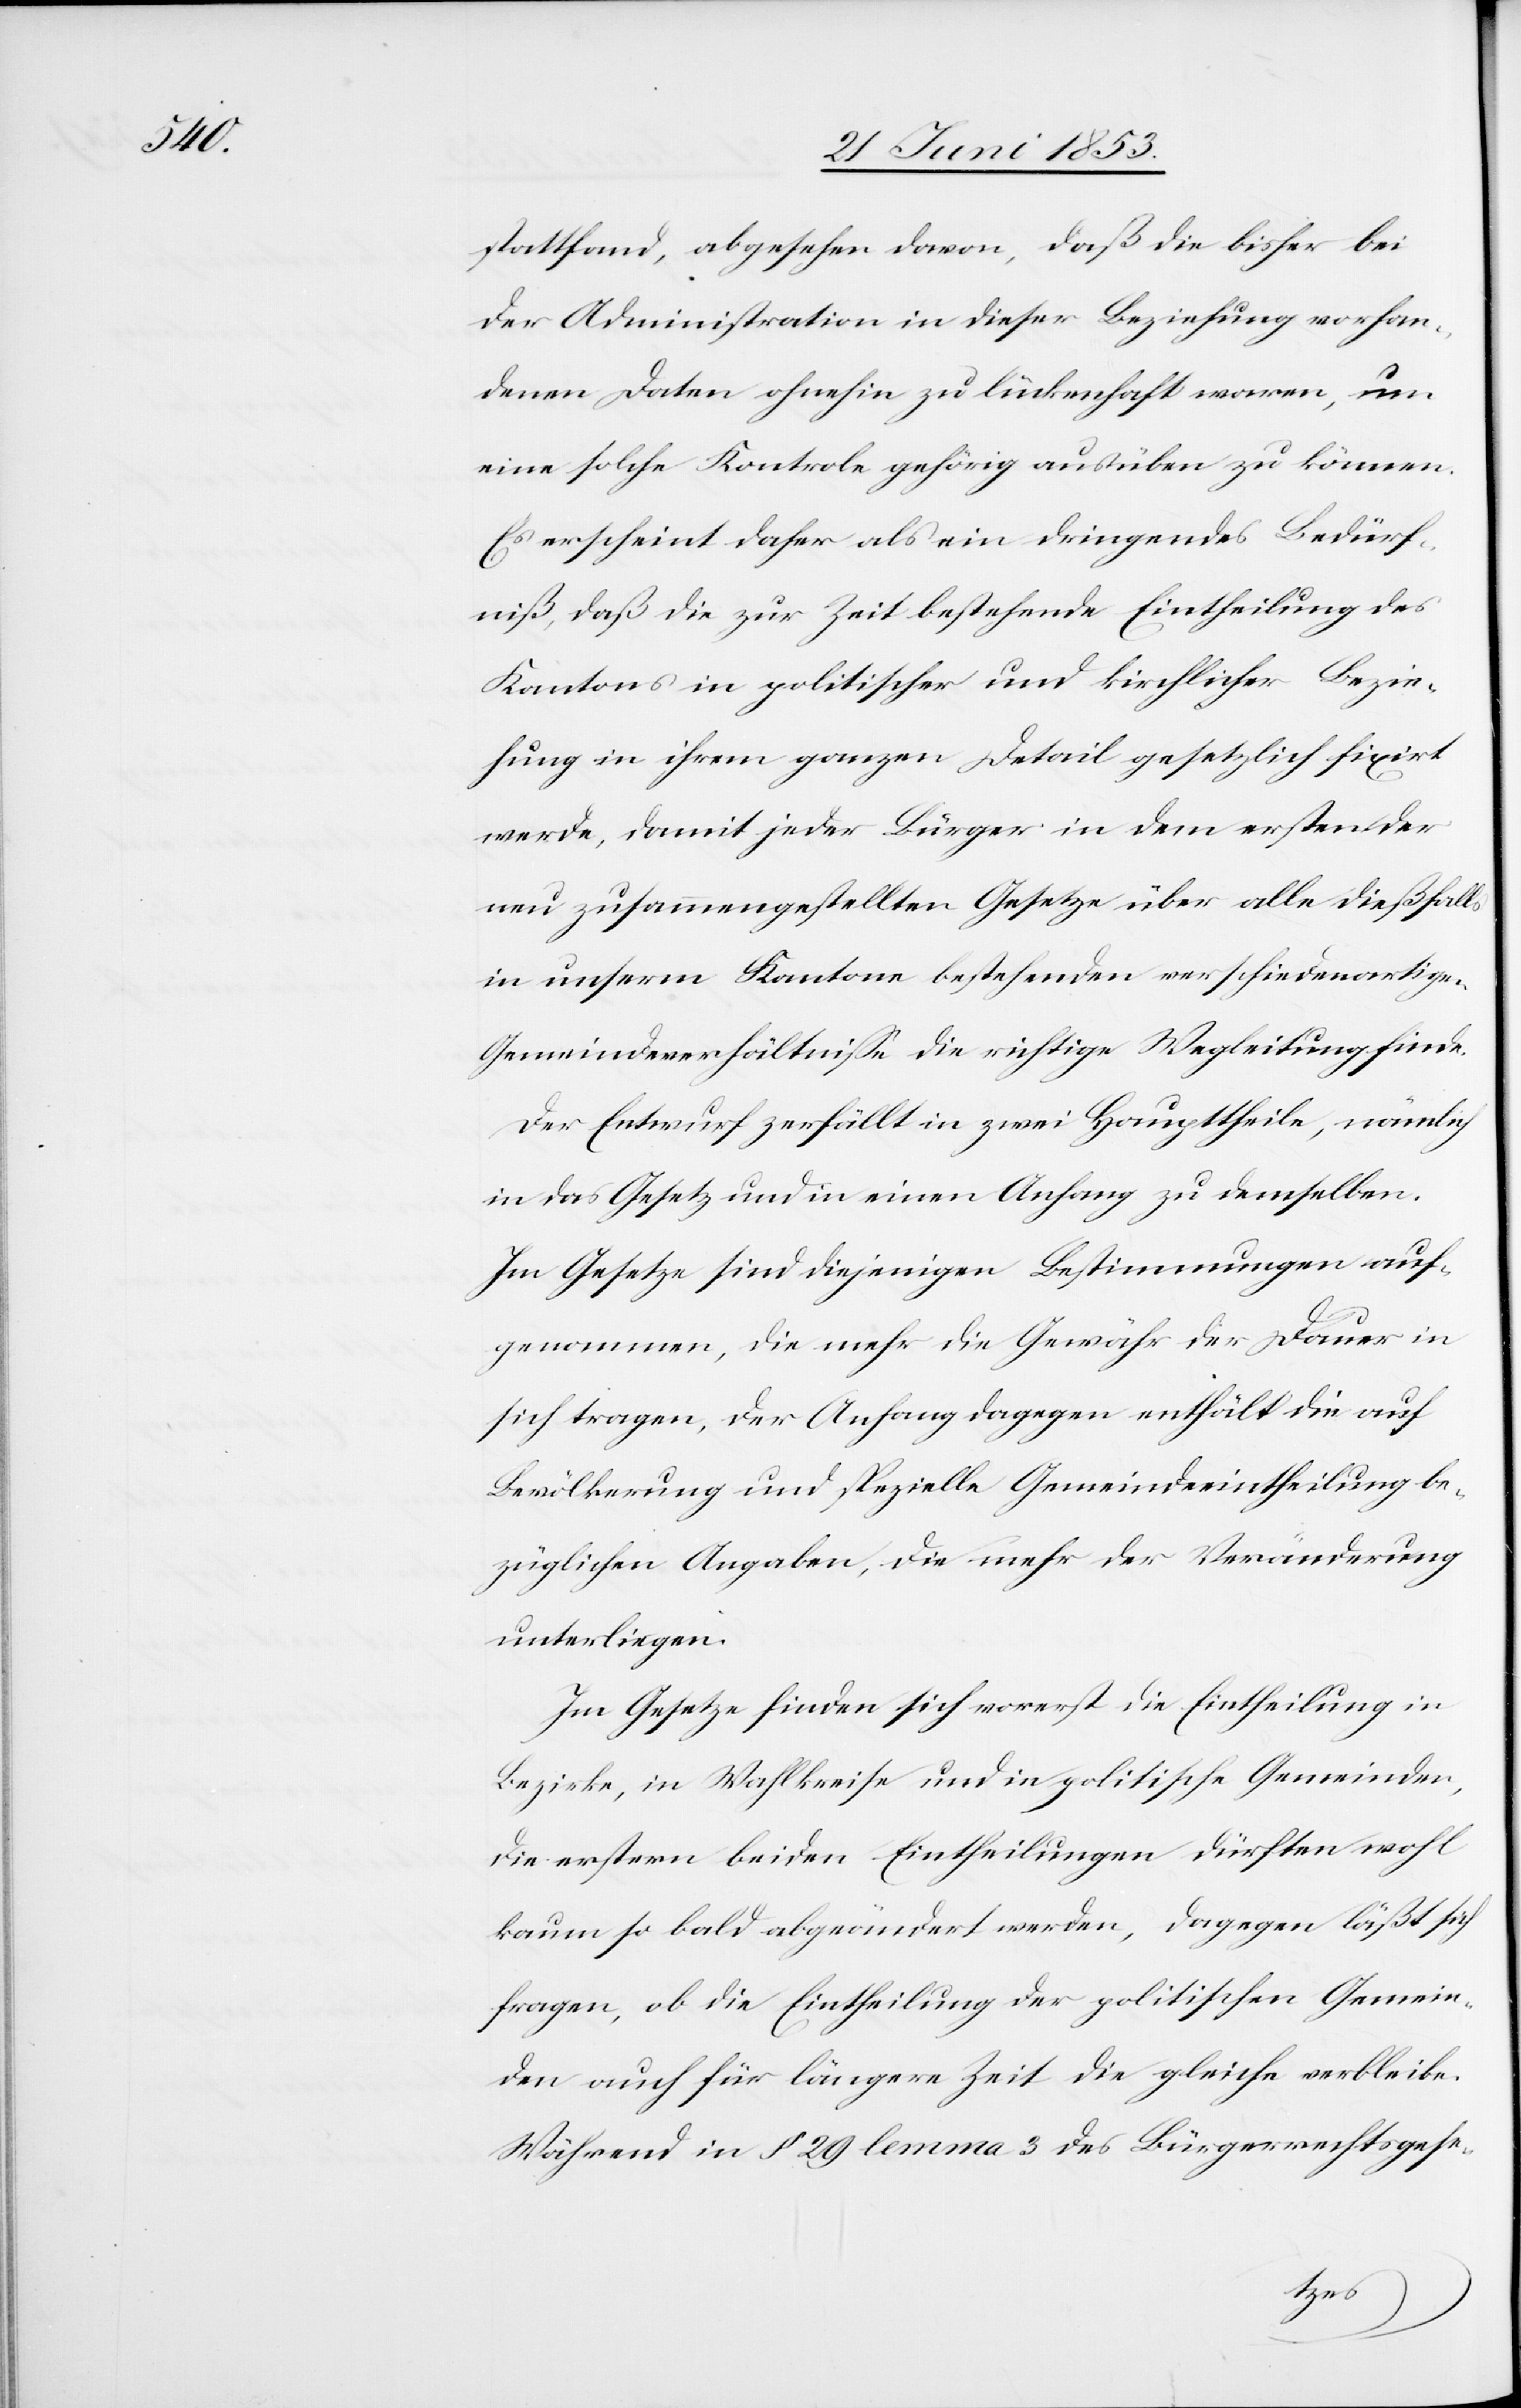
stattfand, abgesehen davon, daß die bisher bei
der Administration in dieser Beziehung vorhan¬
denen Daten ohnehin zu lückenhaft waren, um
eine solche Kontrole gehörig ausüben zu können.
Es erscheint daher als ein dringendes Bedürf¬
niß, daß die zur Zeit bestehende Eintheilung des
Kantons in politischer und kirchlicher Bezie¬
hung in ihrem ganzen Detail gesetzlich fixirt
werde, damit jeder Bürger in dem ersten der
neu zusammengestellten Gesetze über alle dießfalls
in unserm Kantone bestehenden verschiedenartigen
Gemeindeverhältniße die richtige Wegleitung finde.
Der Entwurf zerfällt in zwei Haupttheile, nämlich
in das Gesetz und in einen Anhang zu demselben.
Im Gesetze sind diejenigen Bestimmungen auf¬
genommen, die mehr die Gewähr der Dauer in
sich tragen, der Anhang dagegen enthält die auf
Bevölkerung und spezielle Gemeindeeintheilung be¬
züglichen Angaben, die mehr der Veränderung
unterliegen.
Im Gesetze finden sich vorerst die Eintheilung in
Bezirke, in Wahlkreise und in politische Gemeinden,
die erstern beiden Eintheilungen dürften wohl
kaum so bald abgeändert werden, dagegen läßt sich
fragen, ob die Eintheilung der politischen Gemein¬
den auch für längere Zeit die gleiche verbleibe.
Während in § 29 lemma 3 des Bürgerrechtsgese-